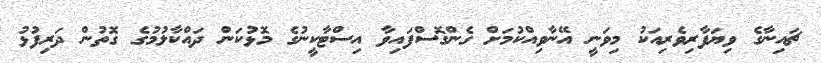
ޗައިނާގެ ވިޔަފާރިވެރިއަކު މިވަނީ އޭނާވިއްކުމަށް ގެންގޮސްފައިވާ އިސްޓާކީނުގެ މޮޅުކަން ދައްކާލުމުގެ ގޮތުން ދަރިފުޅު